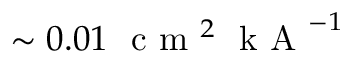
\sim 0 . 0 1 \ \mathrm { ~ c ~ m ~ } ^ { 2 } \ \mathrm { ~ k ~ A ~ } ^ { - 1 }